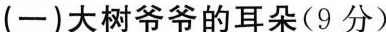
(一)大树爷爷的耳朵(9分)